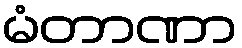
မံတာဏာ